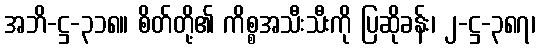
အဘိ-ဋ္ဌ-၃၁၈။ စိတ်တို့၏ ကိစ္စအသီးသီးကို ပြဆိုခန်း၊ ၂-ဋ္ဌ-၃၈၇၊